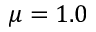
\mu = 1 . 0